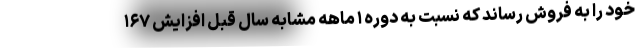
خود را به فروش رساند که نسبت به دوره ۱ ماهه مشابه سال قبل افزایش ۱۶۷